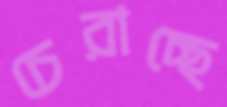
চেরাচ্ছে